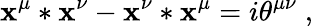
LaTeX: \mathbf{x}^{\mu}*\mathbf{x}^{\nu}-\mathbf{x}^{\nu}*\mathbf{x}^{\mu}=i\theta^{\mu\nu}\; ,